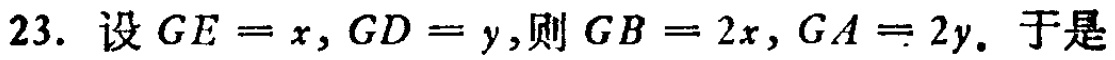
23. 设 \(GE = x, GD = y\),则 \(GB = 2x, GA = 2y\). 于是